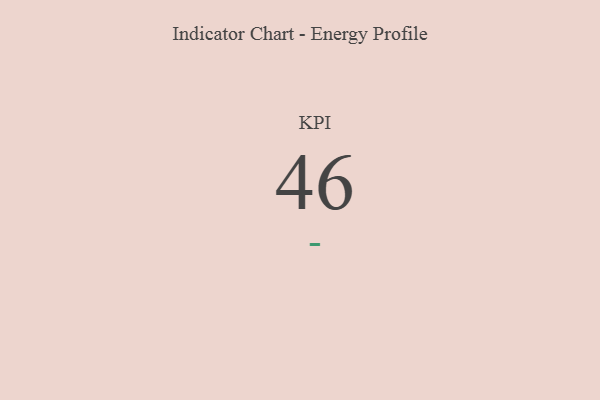
{"axis": {"x": "KPI", "y": "Value"}, "legend": [""], "data": [{"x": "KPI", "y": 46, "type": ""}]}